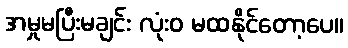
အမှုမပြီးမချင်း လုံးဝ မထနိုင်တော့ပေ။